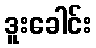
ဒူးခေါင်း